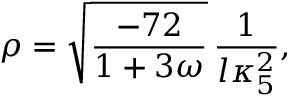
\rho = \sqrt { \frac { - 7 2 } { 1 + 3 \omega } } \, \frac { 1 } { l \kappa _ { 5 } ^ { 2 } } ,